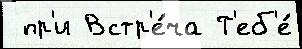
 пр'и Встр'е́ча Т'еб'е́